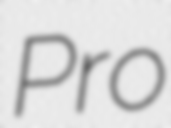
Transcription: Pro